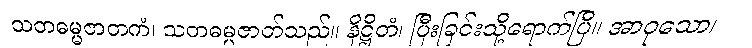
သတဓမ္မဇာတကံ၊ သတဓမ္မဇာတ်သည်။ နိဋ္ဌိတံ၊ ပြီးခြင်းသို့ရောက်ပြီ။ အာဝုသော၊